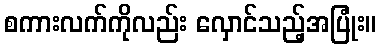
စကားလက်ကိုလည်း လှောင်သည့်အပြုံး။